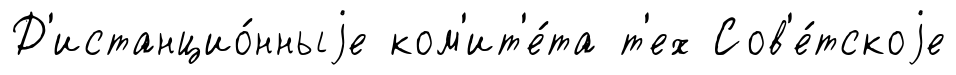
Д'истанцио́нныjе ком'ит'е́та т'ех Сов'е́тскоjе